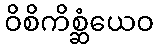
ဝိစိကိစ္ဆံယေဝ